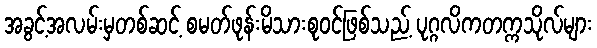
အခွင့်အလမ်းမှတစ်ဆင့် စမတ်ဖုန်းမိသားစုဝင်ဖြစ်သည့် ပုဂ္ဂလိကတက္ကသိုလ်များ